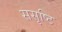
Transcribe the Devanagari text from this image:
ससृष्टि